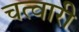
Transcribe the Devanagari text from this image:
चत्वारी